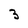
Character: 3